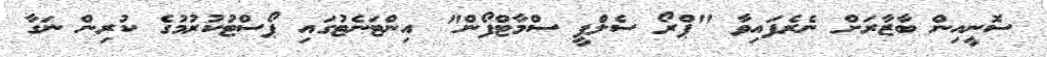
ސޮނީއިން ބާޒާރަށް ނެރެފައިވާ "ޕްރޯ ސެލްފީ ސްމާޓްފޯން" އިންޓަނެޓުގައި ޕޯސްޓުކުރުމުގެ ކުރިން ނަގާ